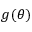
g ( \theta )